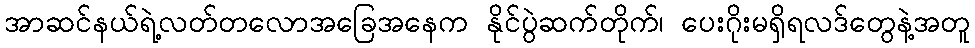
အာဆင်နယ်ရဲ့လတ်တလောအခြေအနေက နိုင်ပွဲဆက်တိုက်၊ ပေးဂိုးမရှိရလဒ်တွေနဲ့အတူ